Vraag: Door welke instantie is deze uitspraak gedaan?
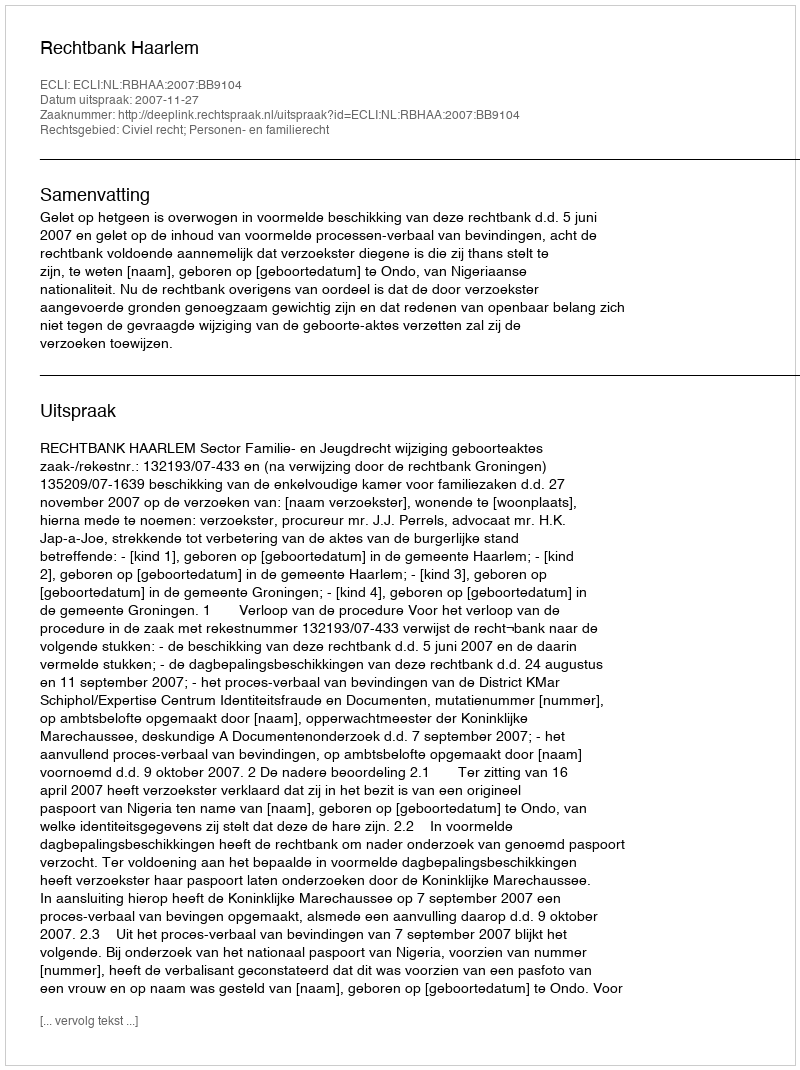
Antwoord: Rechtbank Haarlem